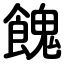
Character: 餽